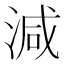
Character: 減